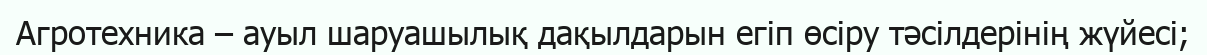
Агротехника – ауыл шаруашылық дақылдарын егіп өсіру тәсілдерінің жүйесі;